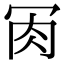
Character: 𦘫